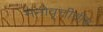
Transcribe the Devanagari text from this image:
मनोवृत्तीचीच